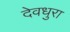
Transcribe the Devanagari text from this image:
देवधुरा